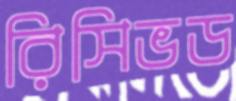
রিসিভড